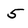
Character: 5